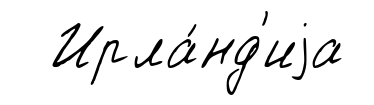
Ирла́нд'иjа